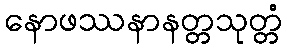
နောဖဿနာနတ္တသုတ္တံ